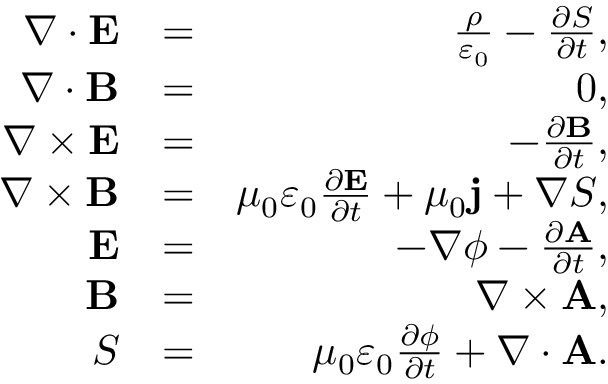
\begin{array} { r l r } { \nabla \cdot \mathbf { E } } & { = } & { \frac { \rho } { \varepsilon _ { 0 } } - \frac { \partial S } { \partial t } , } \\ { \nabla \cdot \mathbf { B } } & { = } & { 0 , } \\ { \nabla \times \mathbf { E } } & { = } & { - \frac { \partial \mathbf { B } } { \partial t } , } \\ { \nabla \times \mathbf { B } } & { = } & { \mu _ { 0 } \varepsilon _ { 0 } \frac { \partial \mathbf { E } } { \partial t } + \mu _ { 0 } \mathbf { j } + \nabla S , } \\ { \mathbf { E } } & { = } & { - \nabla \phi - \frac { \partial \mathbf { A } } { \partial t } , } \\ { \mathbf { B } } & { = } & { \nabla \times \mathbf { A } , } \\ { S } & { = } & { \mu _ { 0 } \varepsilon _ { 0 } \frac { \partial \phi } { \partial t } + \nabla \cdot \mathbf { A } . } \end{array}